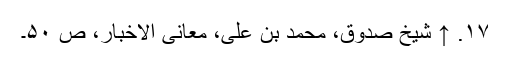
۱۷. ↑ شیخ صدوق، محمد بن علی، معانی الاخبار، ص ۵۰۔